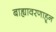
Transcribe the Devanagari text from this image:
बाह्यावरणाहून